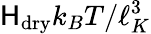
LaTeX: \mathsf{H}_{\mathrm{{dry}}}k_{B}T/\ell_{K}^{3}